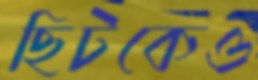
ছিটকেও